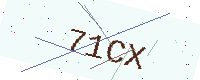
Text: 71CX